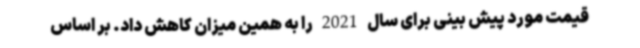
قیمت مورد پیش بینی برای سال 2021 را به همین میزان کاهش داد. بر اساس